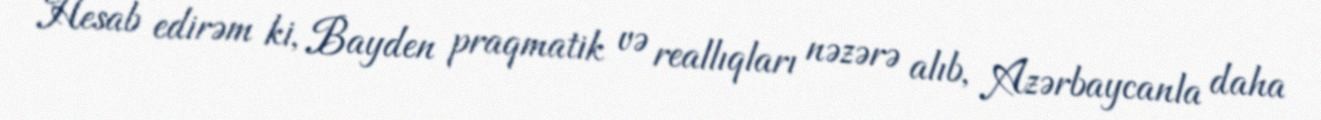
Hesab edirəm ki, Bayden praqmatik və reallıqları nəzərə alıb, Azərbaycanla daha